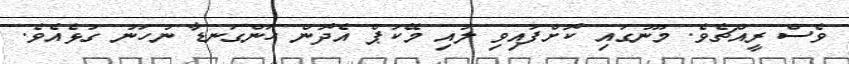
ވެސް ރީއްޗެވެ. މޫނުގައި ކޮށްފައިވި ލުއި މޭކަޕް އެދޮން ހަންގަނޑާ ނުހަނު ގުޅެއެވެ.